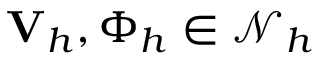
\mathbf { V } _ { h } , \Phi _ { h } \in \mathcal { N } _ { h }